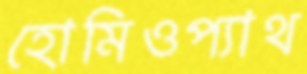
হোমিওপ্যাথ